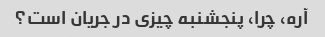
آره، چرا، پنجشنبه چیزی در جریان است؟